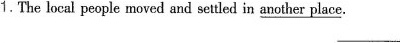
1.The local people moved and settled in \underline{another place}. ___